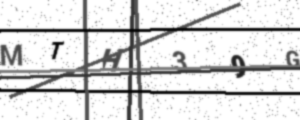
Text: MTH39G